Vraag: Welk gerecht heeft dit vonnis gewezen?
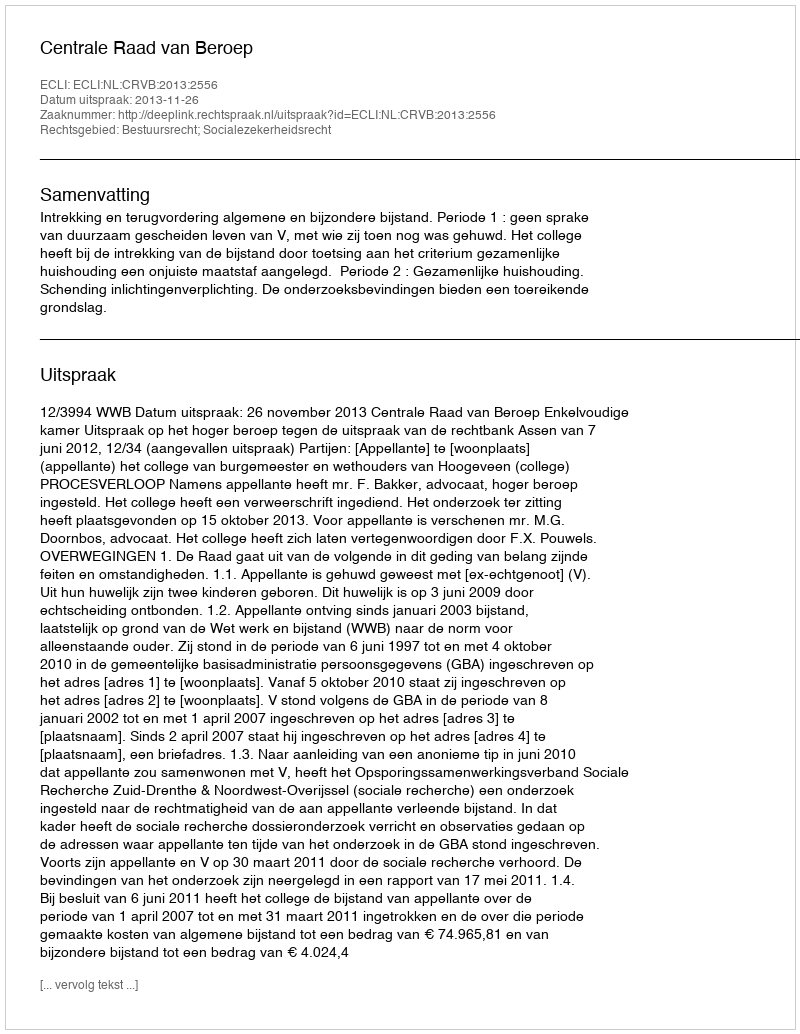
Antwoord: Centrale Raad van Beroep